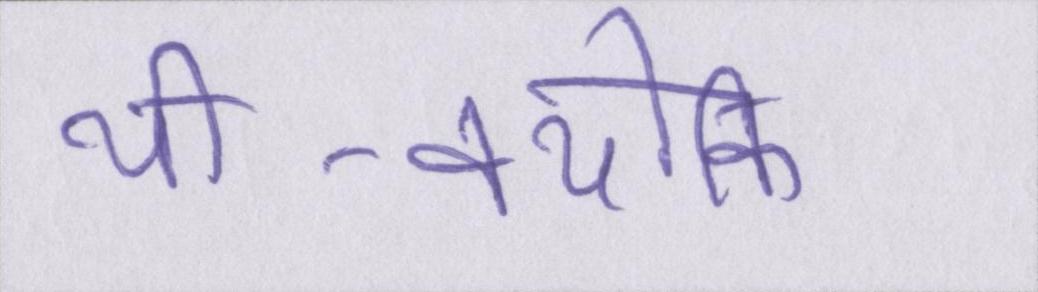
थी-क्योंकि